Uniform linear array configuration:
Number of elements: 32
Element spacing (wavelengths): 0.5
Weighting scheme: hann
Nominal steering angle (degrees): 45
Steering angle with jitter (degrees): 43.465
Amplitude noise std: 0.05
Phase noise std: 0.05

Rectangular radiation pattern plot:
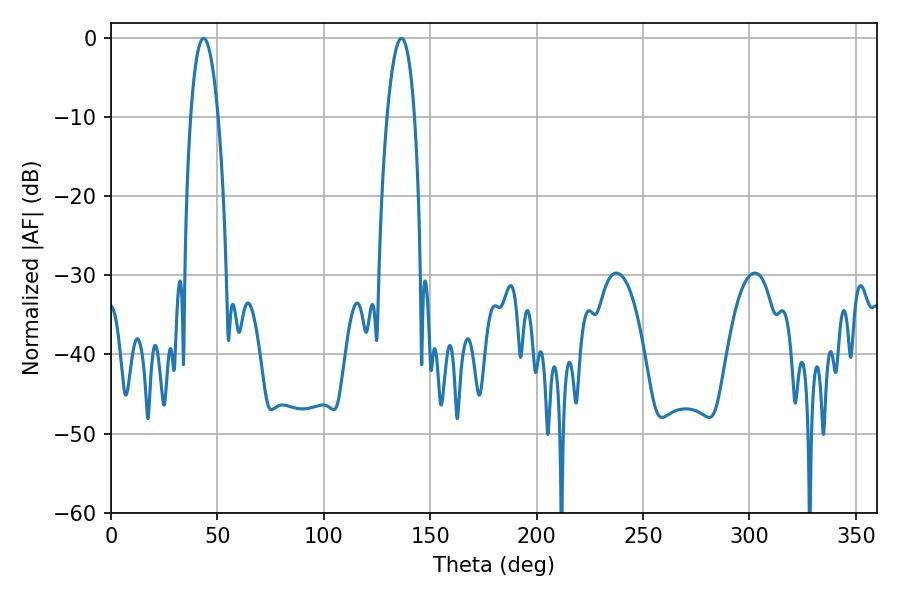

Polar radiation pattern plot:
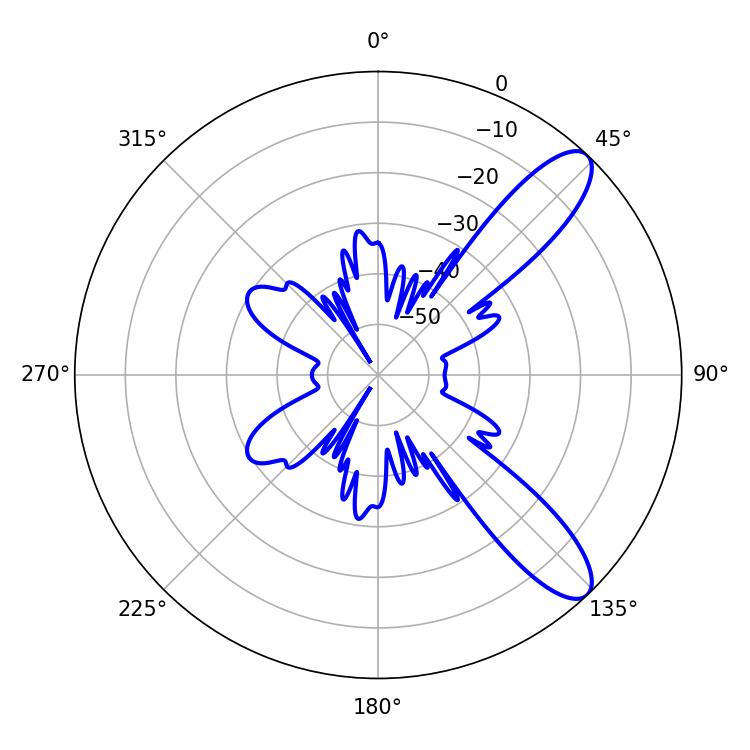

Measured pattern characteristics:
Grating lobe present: FALSE
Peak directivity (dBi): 10.34
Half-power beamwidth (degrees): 7.2
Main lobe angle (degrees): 43.56